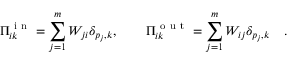
\Pi _ { i k } ^ { \mathrm { ~ i ~ n ~ } } = \sum _ { j = 1 } ^ { m } W _ { j i } \delta _ { p _ { j } , k } , \qquad \Pi _ { i k } ^ { \mathrm { ~ o ~ u ~ t ~ } } = \sum _ { j = 1 } ^ { m } W _ { i j } \delta _ { p _ { j } , k } \quad .